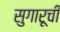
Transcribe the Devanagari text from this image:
सुगारूची